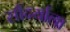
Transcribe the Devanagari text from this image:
सौंदर्याला